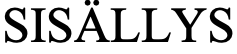
SISÄLLYS